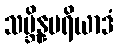
သမ္ဘိန္နမရိယာဒံ